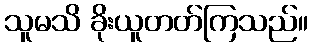
သူမသိ ခိုးယူတတ်ကြသည်။